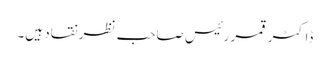
ڈاکٹر قمر رئیس صاحب نظر نقاد ہیں۔